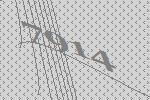
7914